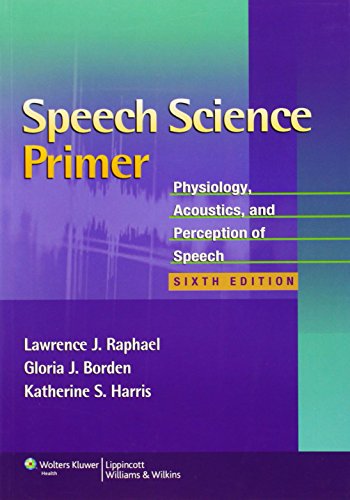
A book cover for Speech Science Primer: Physiology, Acoustics, and Perception of Speech; Lawrence J. Raphael PhD; Medical Books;